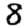
Digit: 8